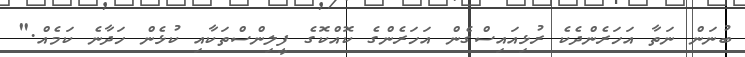
ބުނަން ނަތާ އަހަރެންދެކެ ރުޅިއައިސްގެން އަހަރެންގެ ކޮއްކޮގެ ފީލިންސްތަކާއި ކުޅެން ހަދާނެ ކަމެއް."